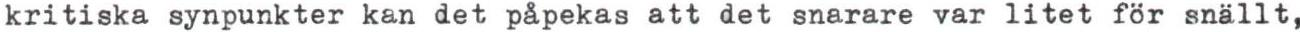
kritiska synpunkter kan det påpekas att det snarare var litet för snällt,